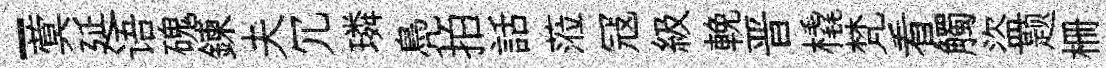
-蓂延语磈鍊夫冗璘鳧拍話蒞冦級輓晋橇梵看觸盜题栅